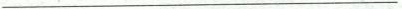
___